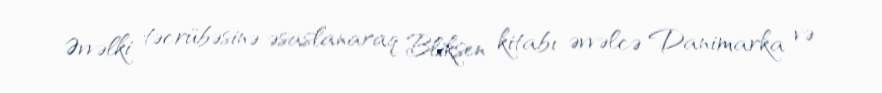
Əvvəlki təcrübəsinə əsaslanaraq Bliksen kitabı əvvəlcə Danimarka və